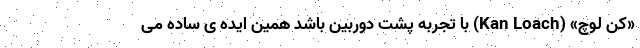
«کن لوچ‌» (Kan Loach) با تجربه پشت دوربین باشد همین ایده ی ساده می